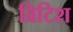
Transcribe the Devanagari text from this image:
व्रिटिश